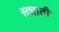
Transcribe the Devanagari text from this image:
सन्नाती